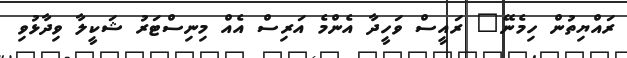
ރައްޔިތުން ހިމެނޭ" ރައީސް ވަހީދާ އެންމެ އަރިސް އެއް މިނިސްޓަރު ޝަކީލާ ވިދާޅުވި